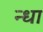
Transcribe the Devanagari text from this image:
न्धा